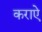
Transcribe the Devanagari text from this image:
कराऐ